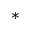
^ { * }